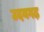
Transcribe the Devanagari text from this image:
उदयगढ़